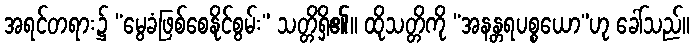
အရင်တရား၌ “မွေခံဖြစ်စေနိုင်စွမ်း” သတ္တိရှိ၏။ ထိုသတ္တိကို “အနန္တရပစ္စယော”ဟု ခေါ်သည်။